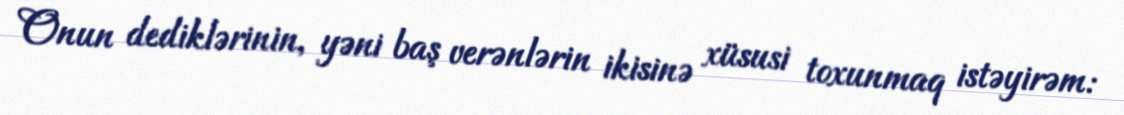
Onun dediklərinin, yəni baş verənlərin ikisinə xüsusi toxunmaq istəyirəm: